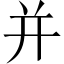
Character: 并